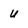
Character: u